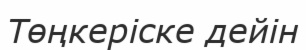
Төңкеріске дейін